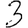
Digit: 3